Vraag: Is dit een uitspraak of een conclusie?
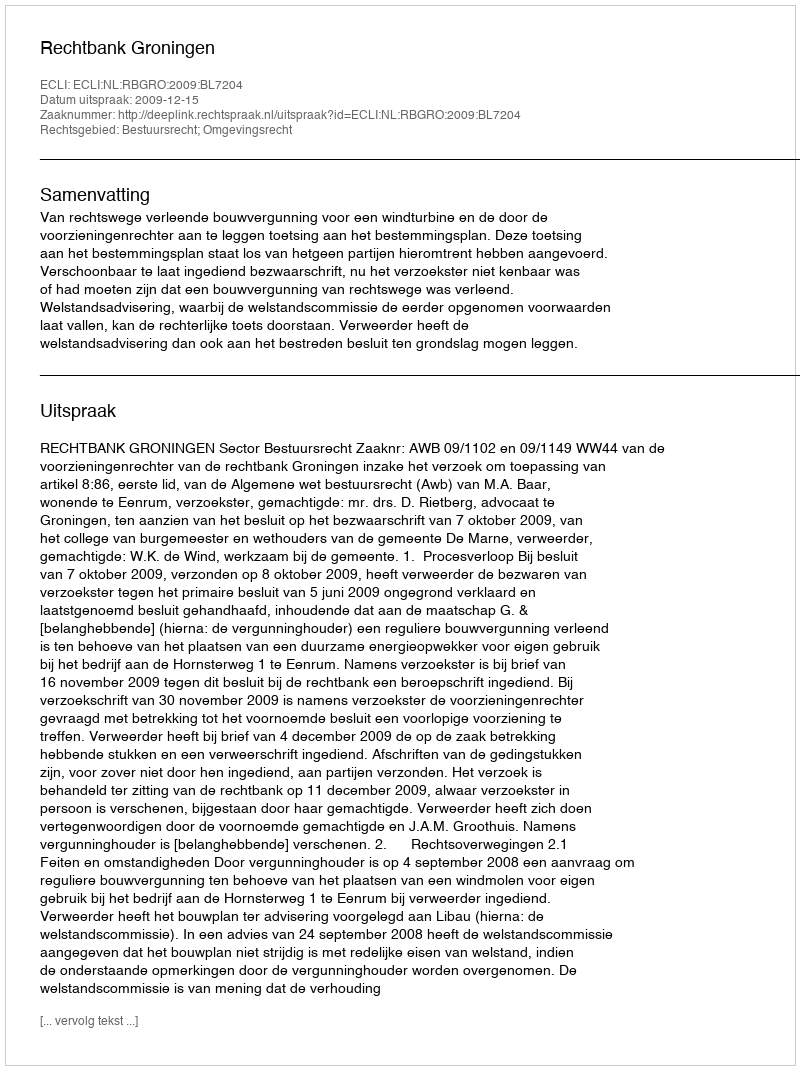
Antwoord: Uitspraak